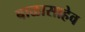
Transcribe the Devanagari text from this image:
बाळासाहेव